Document type: Emphyteutic lease
Year: 1276
Scribe: Pere de Roca
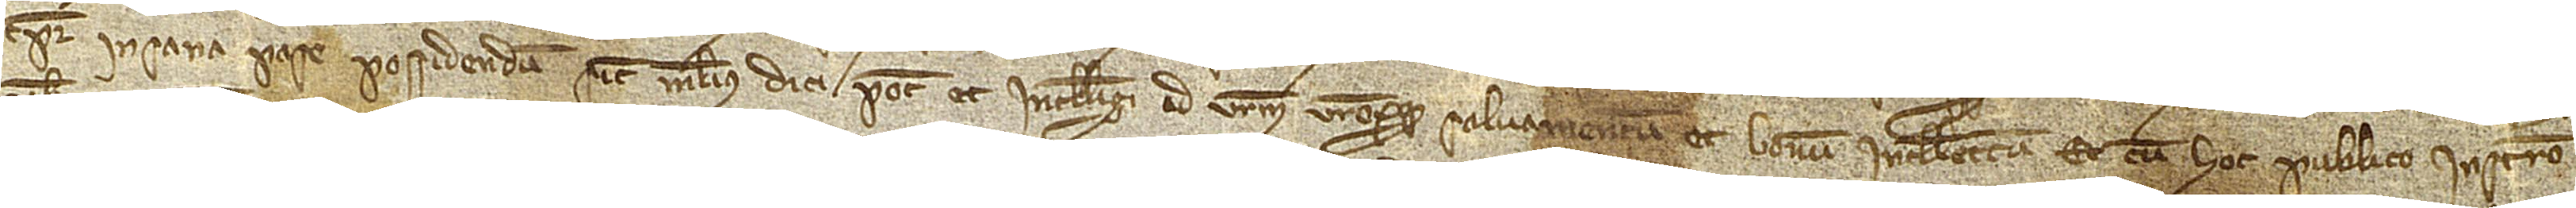
tempore in sana pace possidendum, sicut melius dici potest et intelligi ad vestrum vestrorumque salvamentum et bonum intellectum. Et cum hoc publico instrumento